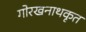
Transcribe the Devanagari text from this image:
गोरखनाथकृत